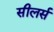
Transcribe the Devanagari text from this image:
सीलर्स